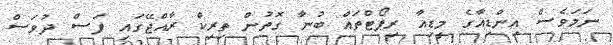
ނަމަވެސް އިންޑިއާގެ މީޑިއާ ރިޕޯޓްތައް ބުނާ ގޮތުން ތިރިކް ރާއްޖޭގައި ފަސް ދުވަސް